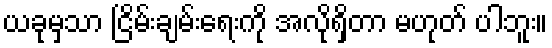
ယခုမှသာ ငြိမ်းချမ်းရေးကို အလိုရှိတာ မဟုတ် ပါဘူး။